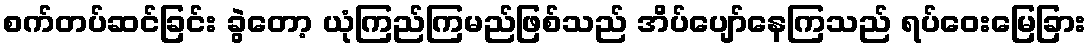
စက်တပ်ဆင်ခြင်း ခွဲတော့ ယုံကြည်ကြမည်ဖြစ်သည် အိပ်ပျော်နေကြသည် ရပ်ဝေးမြေခြား